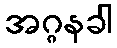
အဂ္ဂနခါ